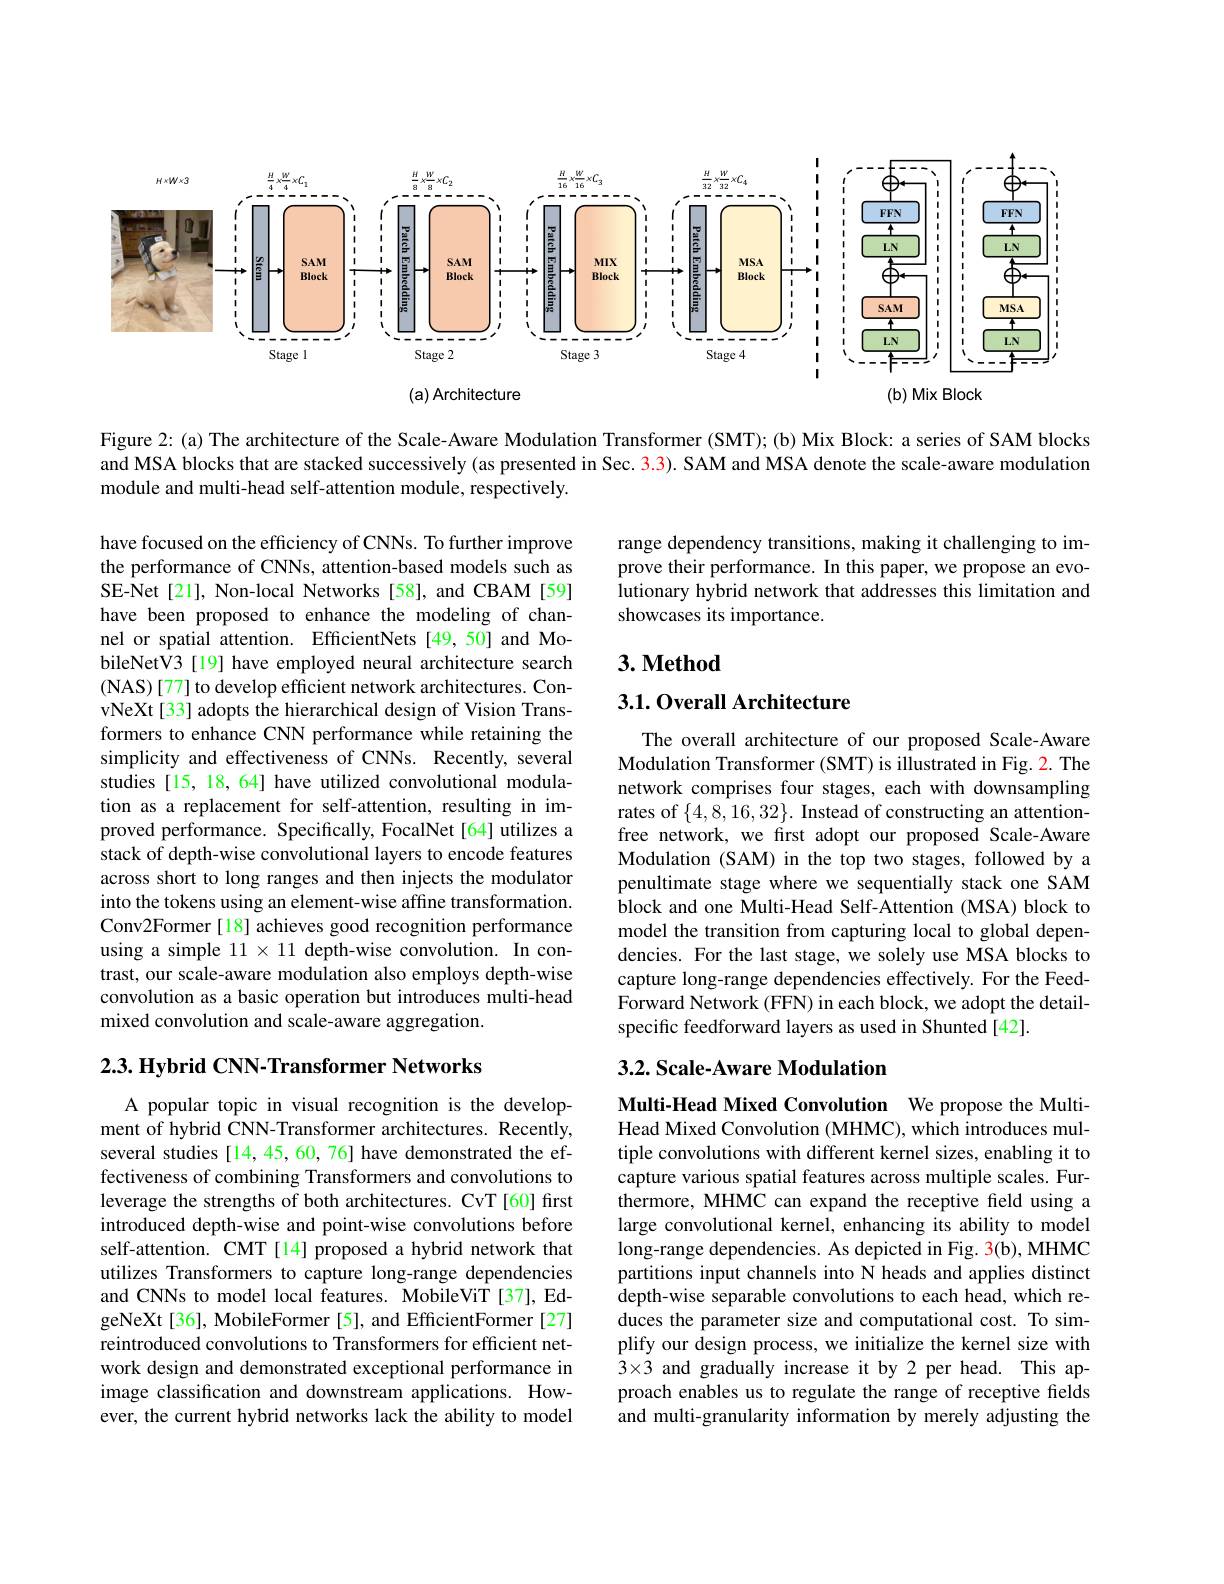
<FigureHere>

Figure 2: (a) The architecture of the Scale-Aware Modulation Transformer (SMT); (b) Mix Block: a series of SAM blocks and MSA blocks that are stacked successively (as presented in Sec. 3.3). SAM and MSA denote the scale-aware modulation module and multi-head self-attention module, respectively.

range dependency transitions, making it challenging to improve their performance. In this paper, we propose an evolutionary hybrid network that addresses this limitation and showcases its importance.

## $3. \textbf{Method}$

## 3.1. Overall Architecture

have focused on the efficiency of CNNs. To further improve the performance of CNNs, attention-based models such as SE-Net[21], Non-local Networks [58], and CBAM [59] have been proposed to enhance the modeling of channel or spatial attention. EfficientNets [49,50] and MobileNetV3 [19] have employed neural architecture search ( NAS) [ 77] to develop efficient network architectures. Con- vNeXt[33] adopts the hierarchical design of Vision Transformers to enhance CNN performance while retaining the simplicity and effectiveness of CNNs. Recently, several studies [15, 18, 64] have utilized convolutional modulation as a replacement for self-attention, resulting in improved performance. Specifically, FocalNet[64] utilizes a stack of depth-wise convolutional layers to encode features across short to long ranges and then injects the modulator into the tokens using an element-wise affine transformation. Conv2Former[18] achieves good recognition performance using a simple $11\times11$ depth-wise convolution. In contrast, our scale-aware modulation also employs depth-wise convolution as a basic operation but introduces multi-head mixed convolution and scale-aware aggregation.

The overall architecture of our proposed Scale-Aware Modulation Transformer (SMT) is illustrated in Fig. 2. The network comprises four stages, each with downsampling rates of $\{4,8,16,32\}.$ Instead of constructing an attentionfree network, we first adopt our proposed Scale-Aware Modulation (SAM) in the top two stages, followed by a penultimate stage where we sequentially stack one SAM block and one Multi-Head Self-Attention (MSA) block to model the transition from capturing local to global dependencies. For the last stage, we solely use MSA blocks to capture long-range dependencies effectively. For the FeedForward Network (FFN) in each block, we adopt the detailspecific feedforward layers as used in Shunted [42].

$2. 3. \textbf{Hybrid CNN- Transformer Networks}$

## 3.2. Scale-Aware Modulation

Multi-Head Mixed Convolution We propose the MultiHead Mixed Convolution (MHMC), which introduces mul-

A popular topic in visual recognition is the development of hybrid CNN-Transformer architectures. Recently, several studies [14,45,60,76] have demonstrated the effectiveness of combining Transformers and convolutions to leverage the strengths of both architectures. CvT [60] first introduced depth-wise and point-wise convolutions before self-attention. CMT[14] proposed a hybrid network that utilizes Transformers to capture long-range dependencies and CNNs to model local features. MobileViT [37], EdgeNeXt[36], MobileFormer[5], and EfficientFormer[27] reintroduced convolutions to Transformers for efficient network design and demonstrated exceptional performance in image classification and downstream applications. However, the current hybrid networks lack the ability to model

tiple convolutions with different kernel sizes, enabling it to capture various spatial features across multiple scales. Furthermore, MHMC can expand the receptive feld using a large convolutional kernel, enhancing its ability to model long-range dependencies. As depicted in Fig. 3(b), MHMC partitions input channels into N heads and applies distinct depth-wise separable convolutions to each head, which reduces the parameter size and computational cost. To simplify our design process, we initialize the kernel size with $\hat{3}\times\dot{3}$ and gradually increase it by 2 per head. This approach enables us to regulate the range of receptive fields and multi-granularity information by merely adjusting the